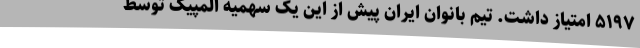
۵۱۹۷ امتیاز داشت. تیم بانوان ایران پیش از این یک سهمیه المپیک توسط